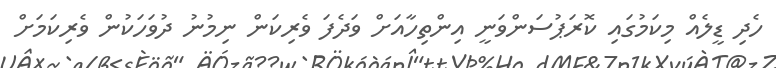
ހެދި ޑީލެއް މިކަމުގައި ކޮރަޕުސަންވަނީ އިންތިހާއަށް ވަދެފަ ވެރިކަން ނިމުނު ދުވަހަކުން ވެރިކަމަށް